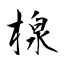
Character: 楾